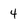
Character: 4